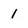
Character: 1